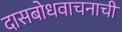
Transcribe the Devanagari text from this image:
दासबोधवाचनाची